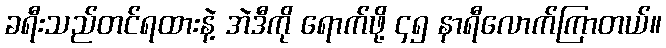
ခရီးသည်တင်ရထားနဲ့ အဲဒီကို ရောက်ဖို့ ၄၅ နာရီလောက်ကြာတယ်။